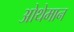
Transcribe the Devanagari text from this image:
ओथेमान